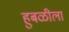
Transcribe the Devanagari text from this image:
हुबळीला